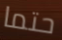
حتما